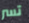
تسر